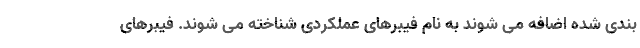
بندی شده اضافه می شوند به نام فیبرهای عملکردی شناخته می شوند. فیبرهای